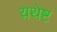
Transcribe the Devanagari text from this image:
य़थेष्ट